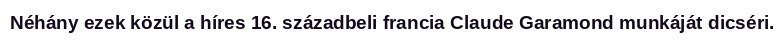
Néhány ezek közül a híres 16. századbeli francia Claude Garamond munkáját dicséri.